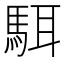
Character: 駬